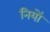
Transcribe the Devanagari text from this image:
नियों